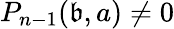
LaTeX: P_{n-1}(\mathfrak{b},a)\neq0